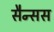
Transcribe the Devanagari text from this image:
सैन्सस